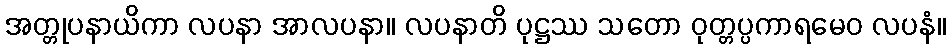
အတ္တုပနာယိကာ လပနာ အာလပနာ။ လပနာတိ ပုဋ္ဌဿ သတော ဝုတ္တပ္ပကာရမေဝ လပနံ။